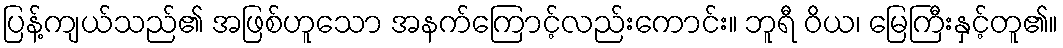
ပြန့်ကျယ်သည်၏ အဖြစ်ဟူသော အနက်ကြောင့်လည်းကောင်း။ ဘူရီ ဝိယ၊ မြေကြီးနှင့်တူ၏။